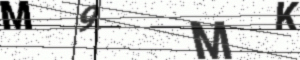
Text: M9MK